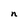
Character: n